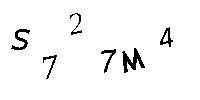
S727M4